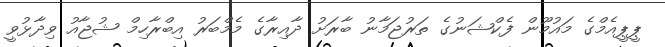
ޕީޕީއެމްގެ މައުމޫން ފެކްޝަނުގެ ތަރުޖަމާނު ބާރަށު ދާއިރާގެ މެމްބަރު އިބްރާހިމް ޝުޖާއު ވިދާޅުވީ